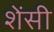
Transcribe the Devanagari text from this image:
शेंसी